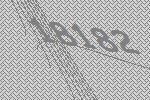
18182